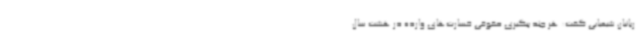
ربانیان شیمیایی گفت: هر چند پیگیری حقوقی خسارت‌های وارده در هشت سال